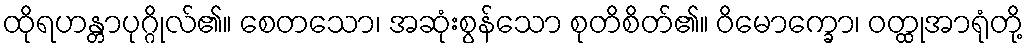
ထိုရဟန္တာပုဂ္ဂိုလ်၏။ စေတသော၊ အဆုံးစွန်သော စုတိစိတ်၏။ ဝိမောက္ခော၊ ဝတ္ထုအာရုံတို့